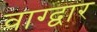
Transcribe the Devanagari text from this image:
वाग्द्वार